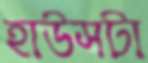
হাউসটা